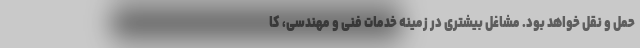
حمل و نقل خواهد بود. مشاغل بیشتری در زمینه خدمات فنی و مهندسی، کا